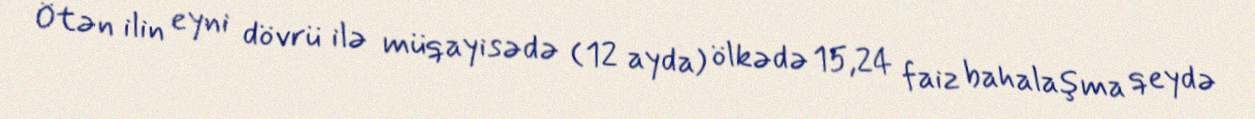
Ötən ilin eyni dövrü ilə müqayisədə (12 ayda) ölkədə 15,24 faiz bahalaşma qeydə